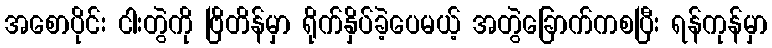
အစောပိုင်း ငါးတွဲကို ဗြိတိန်မှာ ရိုက်နှိပ်ခဲ့ပေမယ့် အတွဲခြောက်ကစပြီး ရန်ကုန်မှာ